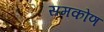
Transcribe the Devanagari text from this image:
समकोंण